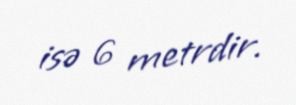
isə 6 metrdir.